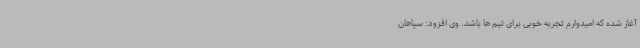
آغاز شده که امیدوارم تجربه خوبی برای تیم ها باشد. وی افزود: سپاهان